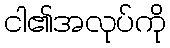
ငါ၏အလုပ်ကို